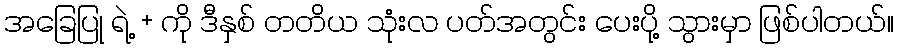
အခြေပြု ရဲ့ + ကို ဒီနှစ် တတိယ သုံးလ ပတ်အတွင်း ပေးပို့ သွားမှာ ဖြစ်ပါတယ်။